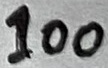
Text: 100